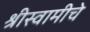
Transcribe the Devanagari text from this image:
श्रीस्वामीचे